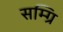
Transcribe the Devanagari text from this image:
सम्ग्रि